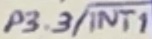
Text: P3.3/INT1